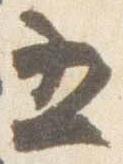
五